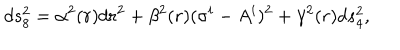
LaTeX: d s _ { 8 } ^ { 2 } = \alpha ^ { 2 } ( r ) d r ^ { 2 } + \beta ^ { 2 } ( r ) ( \sigma ^ { i } - A ^ { i } ) ^ { 2 } + \gamma ^ { 2 } ( r ) d s _ { 4 } ^ { 2 } ,